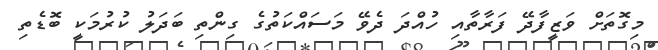
މިގޮތަށް ވަޒީފާދޭ ފަރާތާއި ހުއްދަ ދެވޭ މަސައްކަތުގެ ގިންތި ބަދަލު ކުރުމަކީ ބޮޑެތި